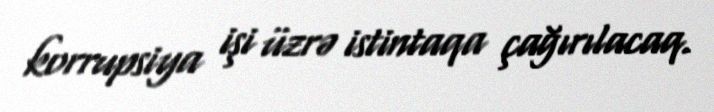
korrupsiya işi üzrə istintaqa çağırılacaq.